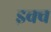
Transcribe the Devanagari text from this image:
इक्व